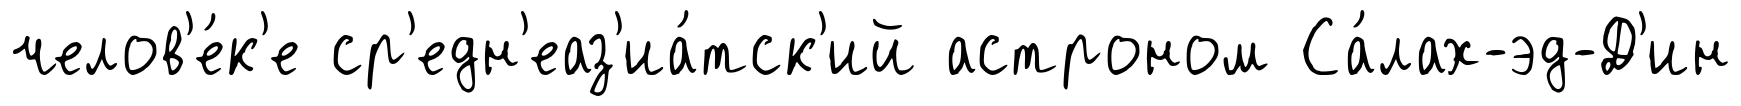
челов'е́к'е ср'едн'еаз'иа́тск'ий астроном Са́лах-эд-Д'ин